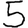
Digit: 5